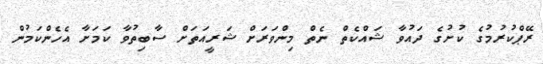
ރޭޕްކުރުމުގެ ކުށުގެ ދައުވާ ޝައްކެތް ނެތް މިންވަރަށް ޝަރީއަތަށް ސާބިތުވާ ކަމަށާ އެހެންކަމުން